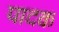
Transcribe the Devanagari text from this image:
पादक